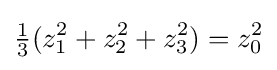
{\tfrac {1}{3}}(z_{1}^{2}+z_{2}^{2}+z_{3}^{2})=z_{0}^{2}